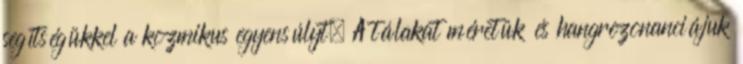
segítségükkel a kozmikus egyensúlyt. A tálakat méretük és hangrezonanciájuk